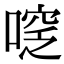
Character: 𠷖